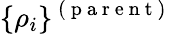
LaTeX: \{ \rho_{i}\} ^{\mathrm{~(~p~a~r~e~n~t~)~}}